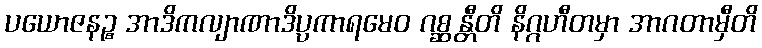
ပယောဇနဉ္စ အာဒိကလျာဏာဒိပ္ပကာရမေဝ ဂစ္ဆန္တီတိ နိဂ္ဂဟီတမှာ အာဂတာမှီတိ